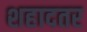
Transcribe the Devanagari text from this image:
शहादतर